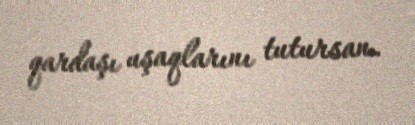
qardaşı uşaqlarını tutursan.